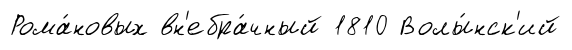
Рома́новых вн'ебра́чный 1810 Волы́нск'ий